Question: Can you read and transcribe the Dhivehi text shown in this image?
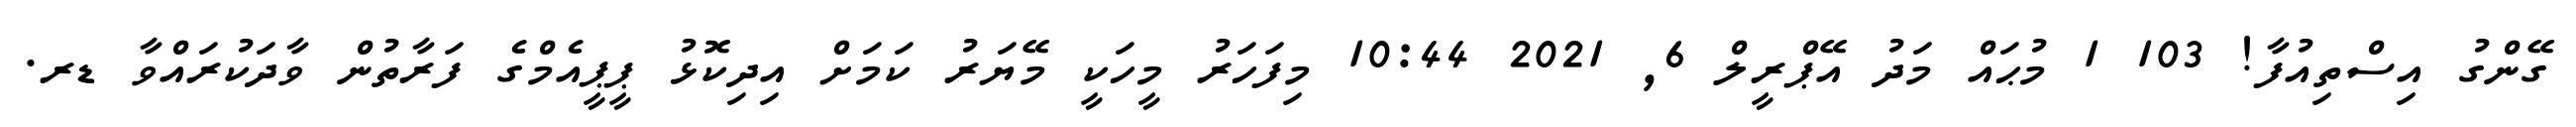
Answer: ގޭންގު އިސްތިއުފާ! 103 1 މުޙައް މަދު އޭޕްރީލް 6, 2021 10:44 މިފަހަރު މީހަކީ މޭޔަރު ކަމަށް އިދިކޮޅު ޕީޕީއެމްގެ ފަރާތުން ވާދަކުރައްވާ ޑރ.